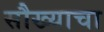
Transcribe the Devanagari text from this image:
सौख्याचा